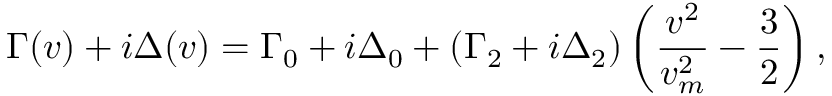
\Gamma ( v ) + i \Delta ( v ) = \Gamma _ { 0 } + i \Delta _ { 0 } + ( \Gamma _ { 2 } + i \Delta _ { 2 } ) \left( \frac { v ^ { 2 } } { v _ { m } ^ { 2 } } - \frac { 3 } { 2 } \right) ,